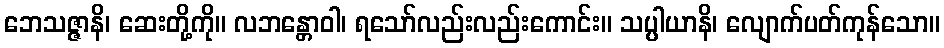
ဘေသဇ္ဇာနိ၊ ဆေးတို့ကို။ လဘန္တောဝါ၊ ရသော်လည်းလည်းကောင်း။ သပ္ပါယာနိ၊ လျောက်ပတ်ကုန်သော။